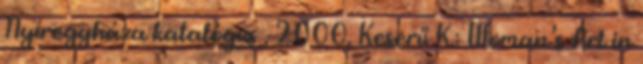
Nyíregyháza katalógus , 2000. Keserű K.: Woman’s Art in